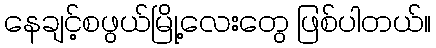
နေချင့်စဖွယ်မြို့လေးတွေ ဖြစ်ပါတယ်။